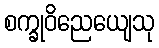
စက္ခုဝိညေယျေသု